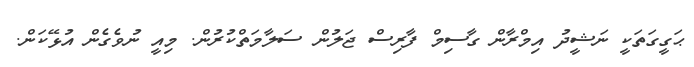
ޙަގީގަތަކީ ނަޝީދު އިމްރާން ގާސިމް ފާރިސް ޖަލުން ސަލާމަތްކުރުން. މިއީ ނުވެގެން އުޅޭކަން.